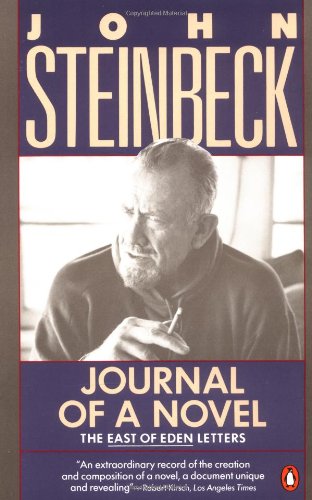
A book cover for Journal of a Novel: The East of Eden Letters; John Steinbeck; Literature & Fiction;